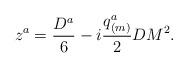
LaTeX: \begin{align*}z^a={{D^a}\over 6}-i{{q^a_{(m)}}\over 2}DM^2.\end{align*}